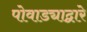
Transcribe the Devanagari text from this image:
पोवाड्याद्वारे